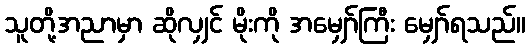
သူတို့အညာမှာ ဆိုလျှင် မိုးကို အမျှော်ကြီး မျှော်ရသည်။